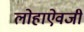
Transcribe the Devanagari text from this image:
लोहाऐवजी